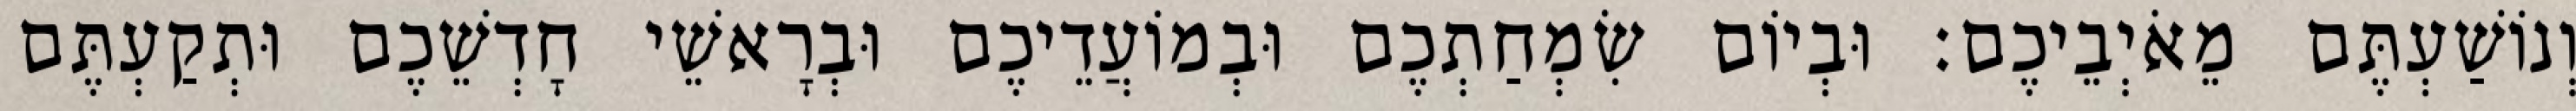
וְנוֹשַׁעְתֶּם מֵאֹיְבֵיכֶם׃ וּבְיוֹם שִׂמְחַתְכֶם וּבְמוֹעֲדֵיכֶם וּבְרָאשֵׁי חָדְשֵׁכֶם וּתְקַעְתֶּם